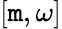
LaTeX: [\mathtt{m},\omega]